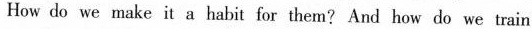
How do we make it a habit for them?And how do we train